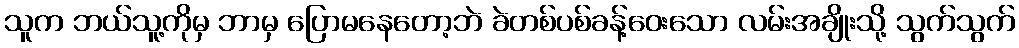
သူက ဘယ်သူ့ကိုမှ ဘာမှ ပြောမနေတော့ဘဲ ခဲတစ်ပစ်ခန့်ဝေးသော လမ်းအချိုးသို့ သွက်သွက်